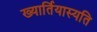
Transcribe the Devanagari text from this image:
ख्यार्तियास्यति